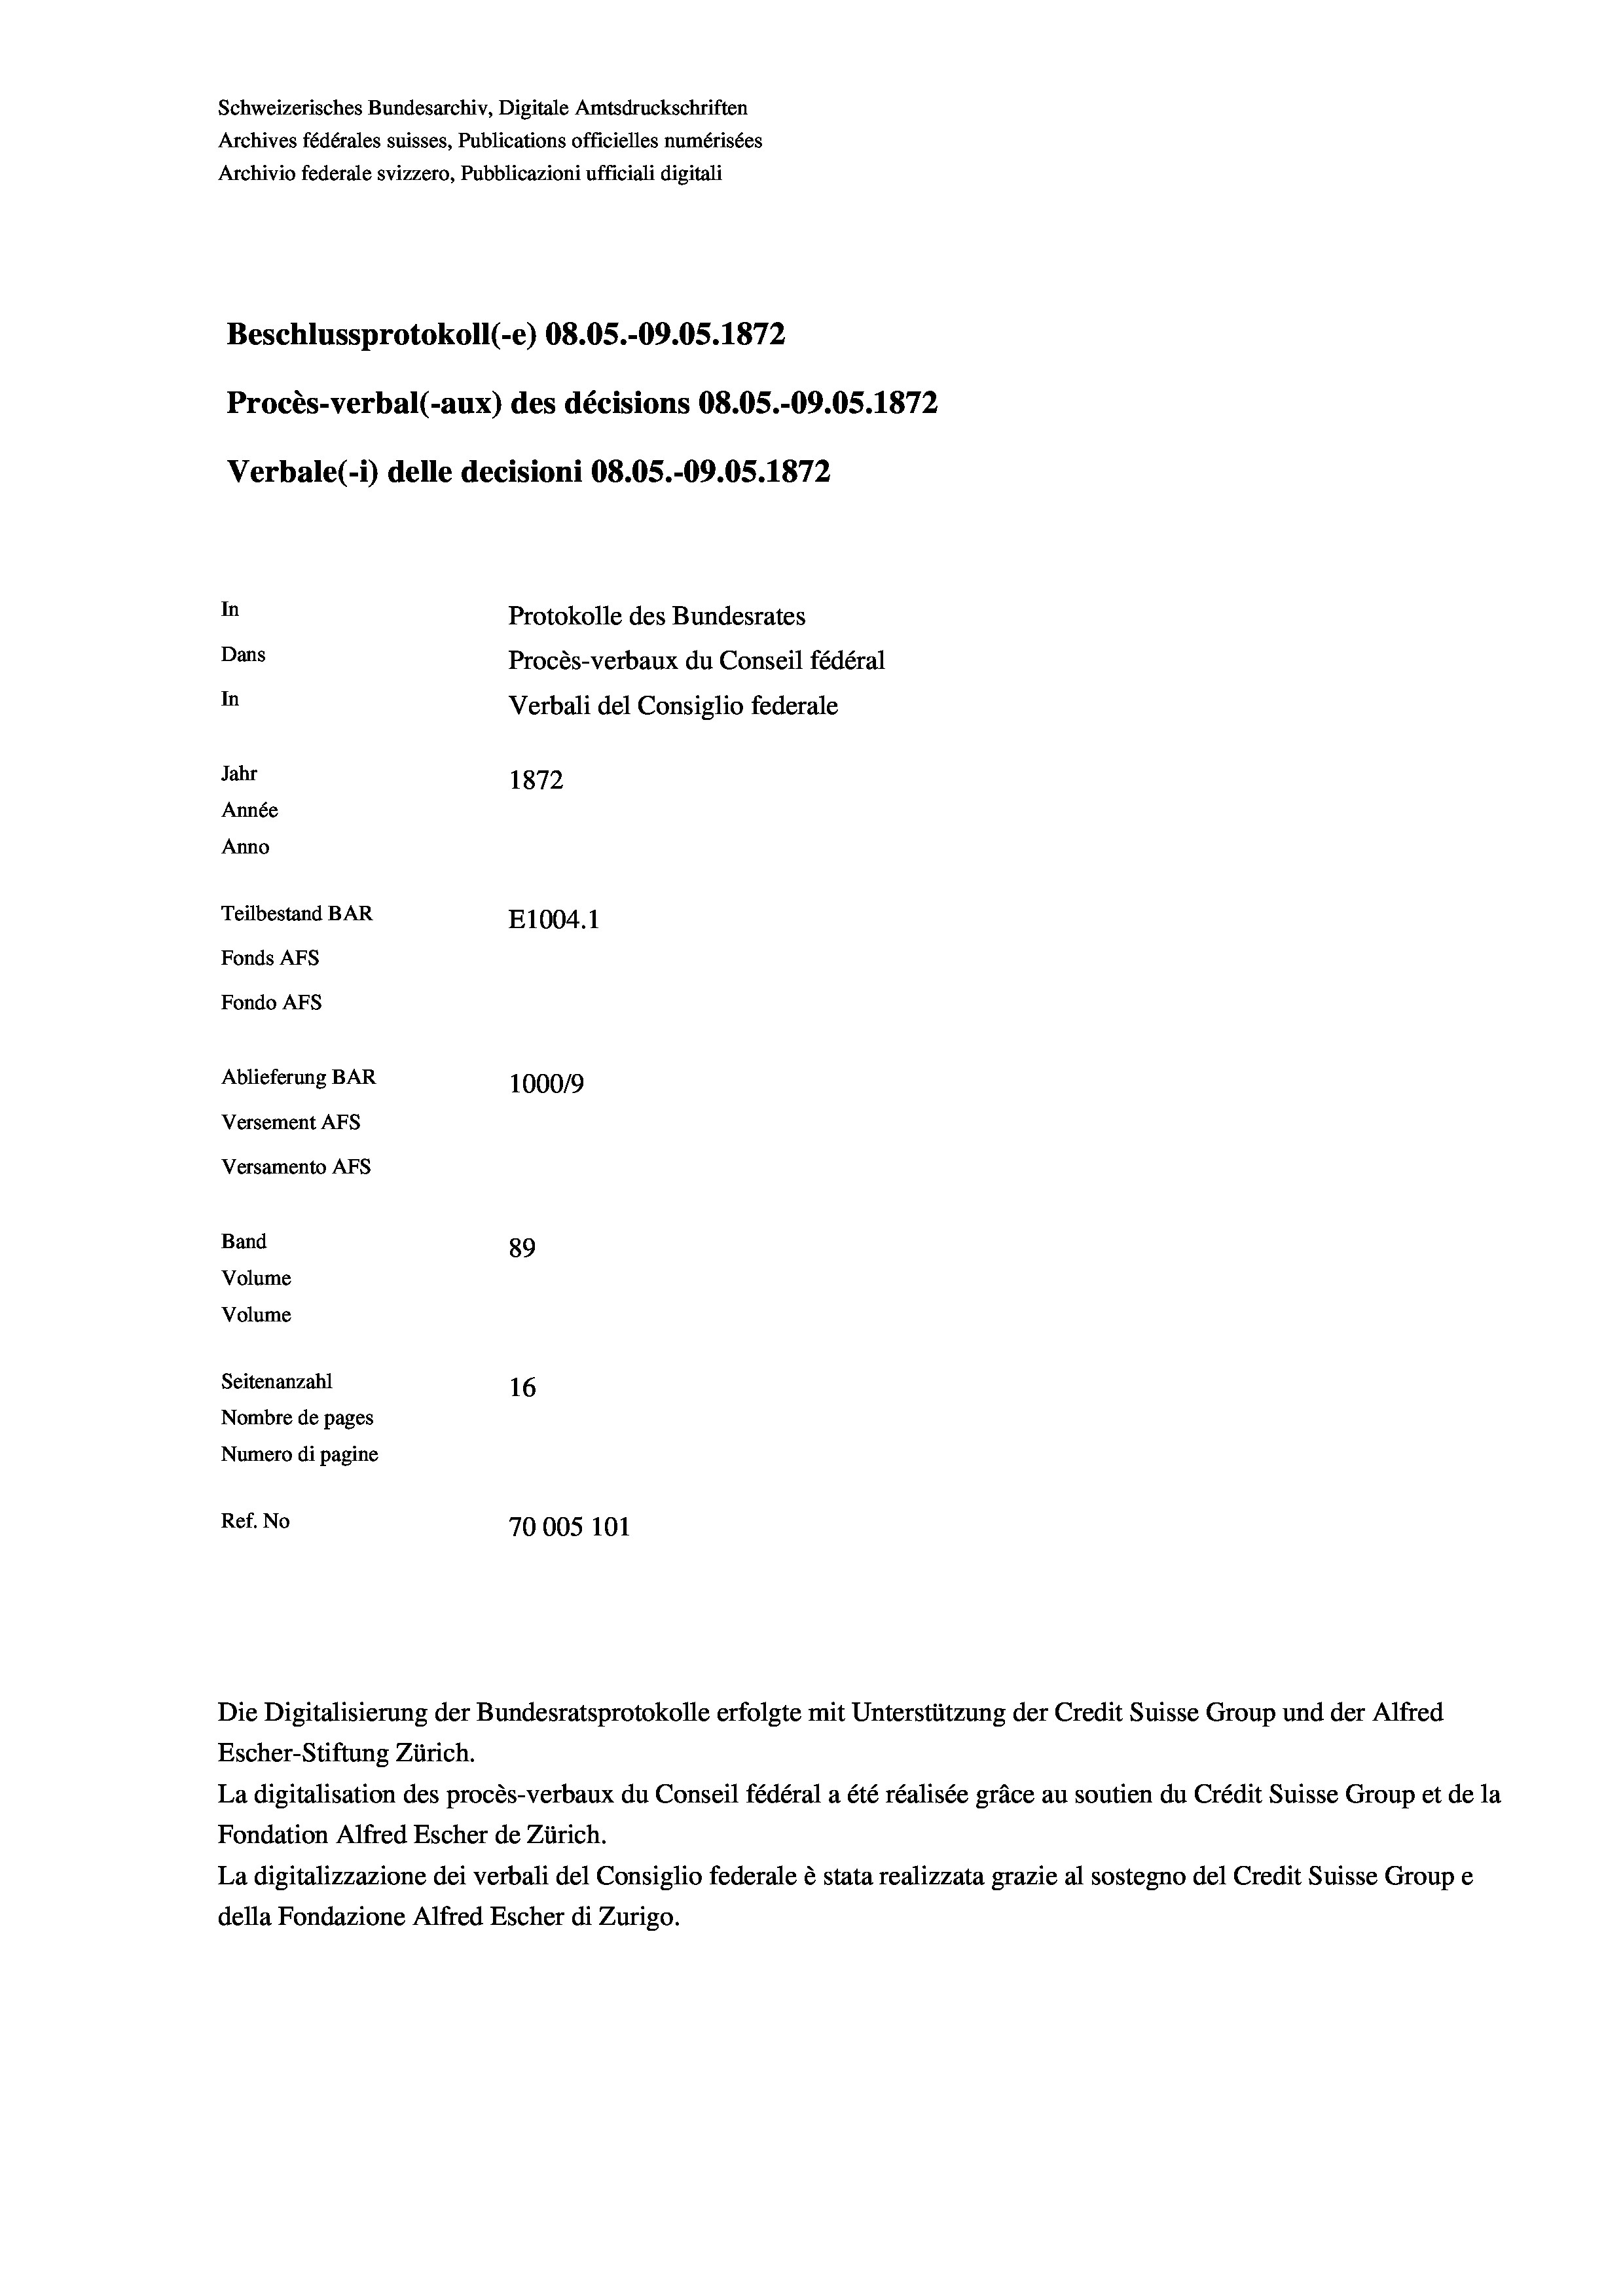
Schweizerisches Bundesarchiv, Digitale Amtsdruckschriften
Archives fédérales suisses, Publications officielles numérisées
Archivio federale svizzero, Pubblicazioni ufficiali digitali
Beschlussprotokoll (-e) 08.05.-09.05. 1872
Procès-verbal (-aux) des décisions 08.05.-09.05. 1872
Verbale (- 1) delle decisioni 08.05.-09.05. 1872
In
Protokolle des Bundesrates
Dans
Procès-verbaux du Conseil fédéral
In
Verbali del Consiglio federale
Jahr
1872
Année
Anno
Teilbestand BAR
E1004. 1
Fonds AFs
Fondo Afs
Ablieferung BAR
100019
Versement AFs
Versamento Afs
Band
89
Volume
Volume
Seitenanzahl
16
Nombre de pages
Numero di pagine
Ref. No
70005 101

Escher-Stiftung Zürich.
La digitalisation des procès-verbaux du Conseil fédéral a été réalisée gräce au soutien du Crédit Suisse Group et de la
Fondation Alfred Escher de Zürich.
La digitalizzazione dei verbali del Consiglio federale è stata realizzata grazie al sostegno del Credit Suisse Groupe
della Fondazione Alfred Escher di Zurigo.

Die Digitalisierung der Bundesratsprotokolle erfolgte mit Unterstützung der Credit Suisse Group und der Alfred